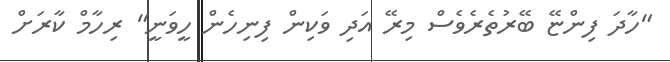
"ހާދަ ފިންޏޭ ބޭރުތެރެވެސް މިރޭ އަދި ވަކިން ފިނިހެން ހީވަނީ" ރިހާމް ކާރަށް